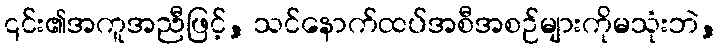
၎င်း၏အကူအညီဖြင့်, သင်နောက်ထပ်အစီအစဉ်များကိုမသုံးဘဲ,